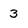
Character: 3